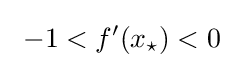
\ -1<f'(x_{\star })<0~